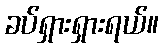
ခပ်ရှားရှားရယ်။